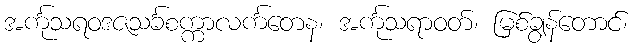
အင်္ကုသရဝဒဇသင်္ခစက္ကာလင်္ကတေန၊ အင်္ကုသရာဝတ်၊ မြစ်ချွန်တောင်၊